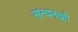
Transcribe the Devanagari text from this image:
सत्यनाशी